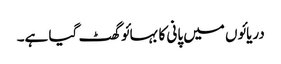
دریائوں میں پانی کا بہائو گھٹ گیا ہے۔